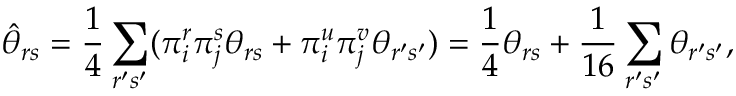
\hat { \theta } _ { r s } = \frac { 1 } { 4 } \sum _ { r ^ { \prime } s ^ { \prime } } ( \pi _ { i } ^ { r } \pi _ { j } ^ { s } \theta _ { r s } + \pi _ { i } ^ { u } \pi _ { j } ^ { v } \theta _ { r ^ { \prime } s ^ { \prime } } ) = \frac { 1 } { 4 } \theta _ { r s } + \frac { 1 } { 1 6 } \sum _ { r ^ { \prime } s ^ { \prime } } \theta _ { r ^ { \prime } s ^ { \prime } } ,